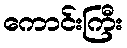
ကောင်းကြီး